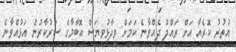
އުތުރު ކޮރެއާ އަށް ރައްދު ދެއްވާނެ ކަމަށް ވިދާޅުވިޔަސް އޮބާމާގެ ސަރުކާރުން އަޅުއްވާނެ